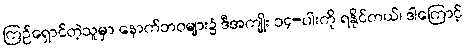
ကြဉ်ရှောင်တဲ့သူမှာ နောက်ဘဝများ၌ ဒီအကျိုး ၁၄-ပါးကို ရနိုင်တယ်၊ ဒါကြောင့်